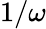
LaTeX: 1/\omega